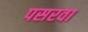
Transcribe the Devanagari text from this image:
पसरवा